Scottish Certificate of Education, 1963
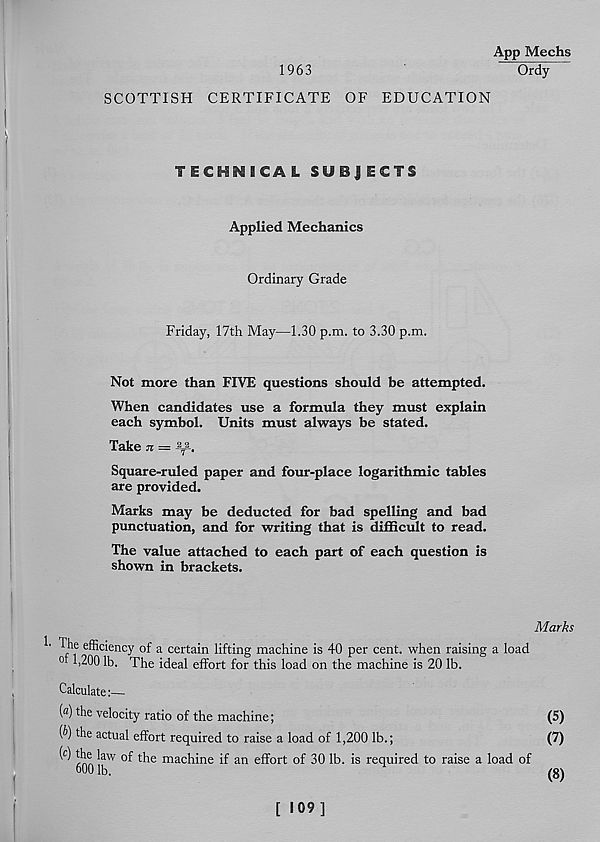
1963
App Mechs
Ordy
SCOTTISH CERTIFICATE OF EDUCATION
TECHNICAL SUBJECTS
Applied Mechanics
Ordinary Grade
Friday, 17th May—1.30 p.m. to 3.30 p.m.
Not more than FIVE questions should be attempted.
When candidates use a formula they must explain
each symbol. Units must always be stated.
Take n = \ 2 -.
Square-ruled paper and four-place logarithmic tables
are provided.
Marks may be deducted for bad spelling and bad
punctuation, and for writing that is difficult to read.
The value attached to each part of each question is
shown in brackets.
' Tlle e fficiency of a certain lifting machine is 40 per cent, when raising a load
°t 1,200 lb. The ideal effort for this load on the machine is 20 lb.
Calculate:—
(а) the velocity ratio of the machine;
(б) the actual effort required to raise a load of 1,200 lb.;
(c) the law of the machine if an effort of 30 lb. is required to raise a load of
600 lb.
Marks
(5)
(7)
(8)
[ 109]